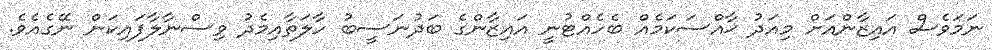
ނަމަވެސް އައިޒާންއަށް މިއަދު ޚާއްސަކަމެއް ބެހެއްޓުނީ އައިޒާންގެ ބަދުނަސީބު ހާލަތާއިމެދު ވިސްނާލާފައިކަން ނޭގެއެވެ.